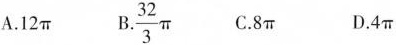
A.12\pi B. \frac{32}{3}\pi C.8\pi D.4\pi